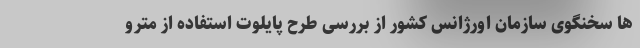
ها سخنگوی سازمان اورژانس کشور از بررسی طرح پایلوت استفاده از مترو